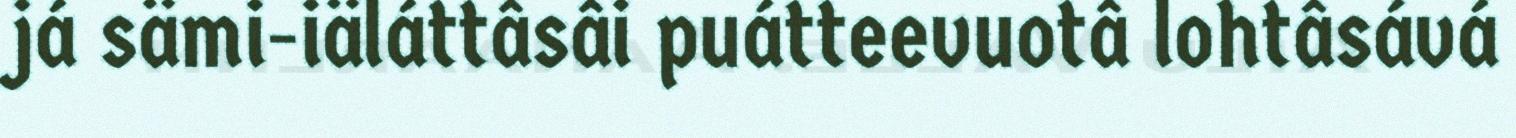
já sämi-iäláttâsâi puátteevuotâ lohtâsává